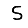
Digit: 5